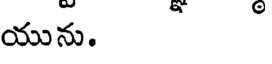
యును.